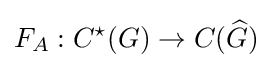
F_{A}:C^{\star }(G)\to C({\widehat {G}})